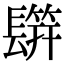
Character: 𨲡